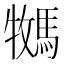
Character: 𫘎